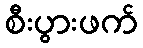
စီးပွားဖက်